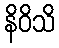
နိဝိသိ